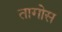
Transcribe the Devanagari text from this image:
तागोस